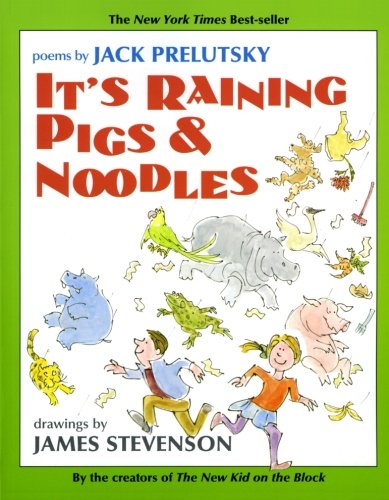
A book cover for It's Raining Pigs & Noodles; Jack Prelutsky; Children's Books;